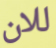
للان